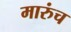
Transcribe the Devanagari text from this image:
मारुंच